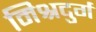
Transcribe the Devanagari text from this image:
मिश्रदुर्ग